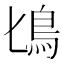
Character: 𩾕